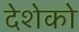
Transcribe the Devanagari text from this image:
देशेको